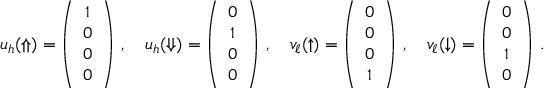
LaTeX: u _ { h } ( \Uparrow ) = \left( \begin{array} { c } { { 1 } } \\ { { 0 } } \\ { { 0 } } \\ { { 0 } } \end{array} \right) \, , \quad u _ { h } ( \Downarrow ) = \left( \begin{array} { c } { { 0 } } \\ { { 1 } } \\ { { 0 } } \\ { { 0 } } \end{array} \right) \, , \quad v _ { \ell } ( \uparrow ) = \left( \begin{array} { c } { { 0 } } \\ { { 0 } } \\ { { 0 } } \\ { { 1 } } \end{array} \right) \, , \quad v _ { \ell } ( \downarrow ) = \left( \begin{array} { c } { { 0 } } \\ { { 0 } } \\ { { 1 } } \\ { { 0 } } \end{array} \right) \, .